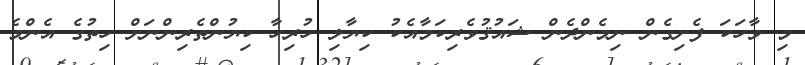
މި ވާހަކަ ފެށިގެން ނިމެންދެން ޝައުޤުވެރިކަމާއެކު ކިޔާލި ހުރިހާ ކިޔުންތެރިންނަށް ހިތުގެ އެންމެ